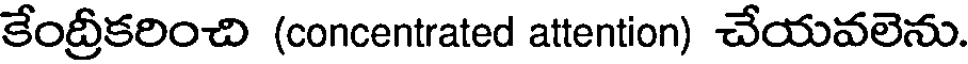
కేంద్రీకరించి (concentrated attention) చేయవలెను.